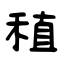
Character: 稙